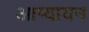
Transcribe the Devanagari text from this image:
आप्यायन